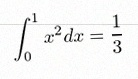
\int_0^1 x^2dx=\frac13